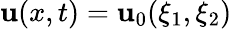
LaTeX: {\mathbf{u}}(x,t)={\mathbf{u}}_{0}(\xi_{1},\xi_{2})